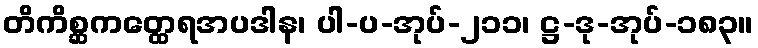
တိကိစ္ဆကတ္ထေရအပဒါန၊ ပါ-ပ-အုပ်-၂၁၁၊ ဋ္ဌ-ဒု-အုပ်-၁၈၃။